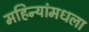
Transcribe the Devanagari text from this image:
महिन्यांमधला